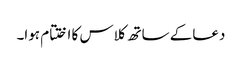
دعا کے ساتھ کلاس کا اختتام ہوا۔